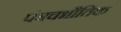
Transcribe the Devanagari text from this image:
पंञचभौतिक